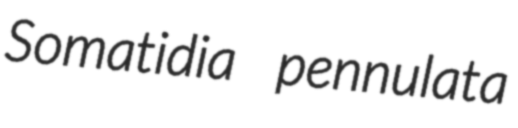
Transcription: Somatidia pennulata